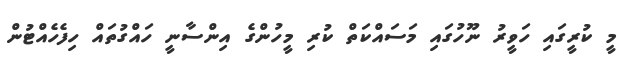
މީ ކުރީގައި ހަވީރު ނޫހުގައި މަސައްކަތް ކުރި މީހުންގެ އިންސާނީ ހައްގުތައް ހިފެހެއްޓުން